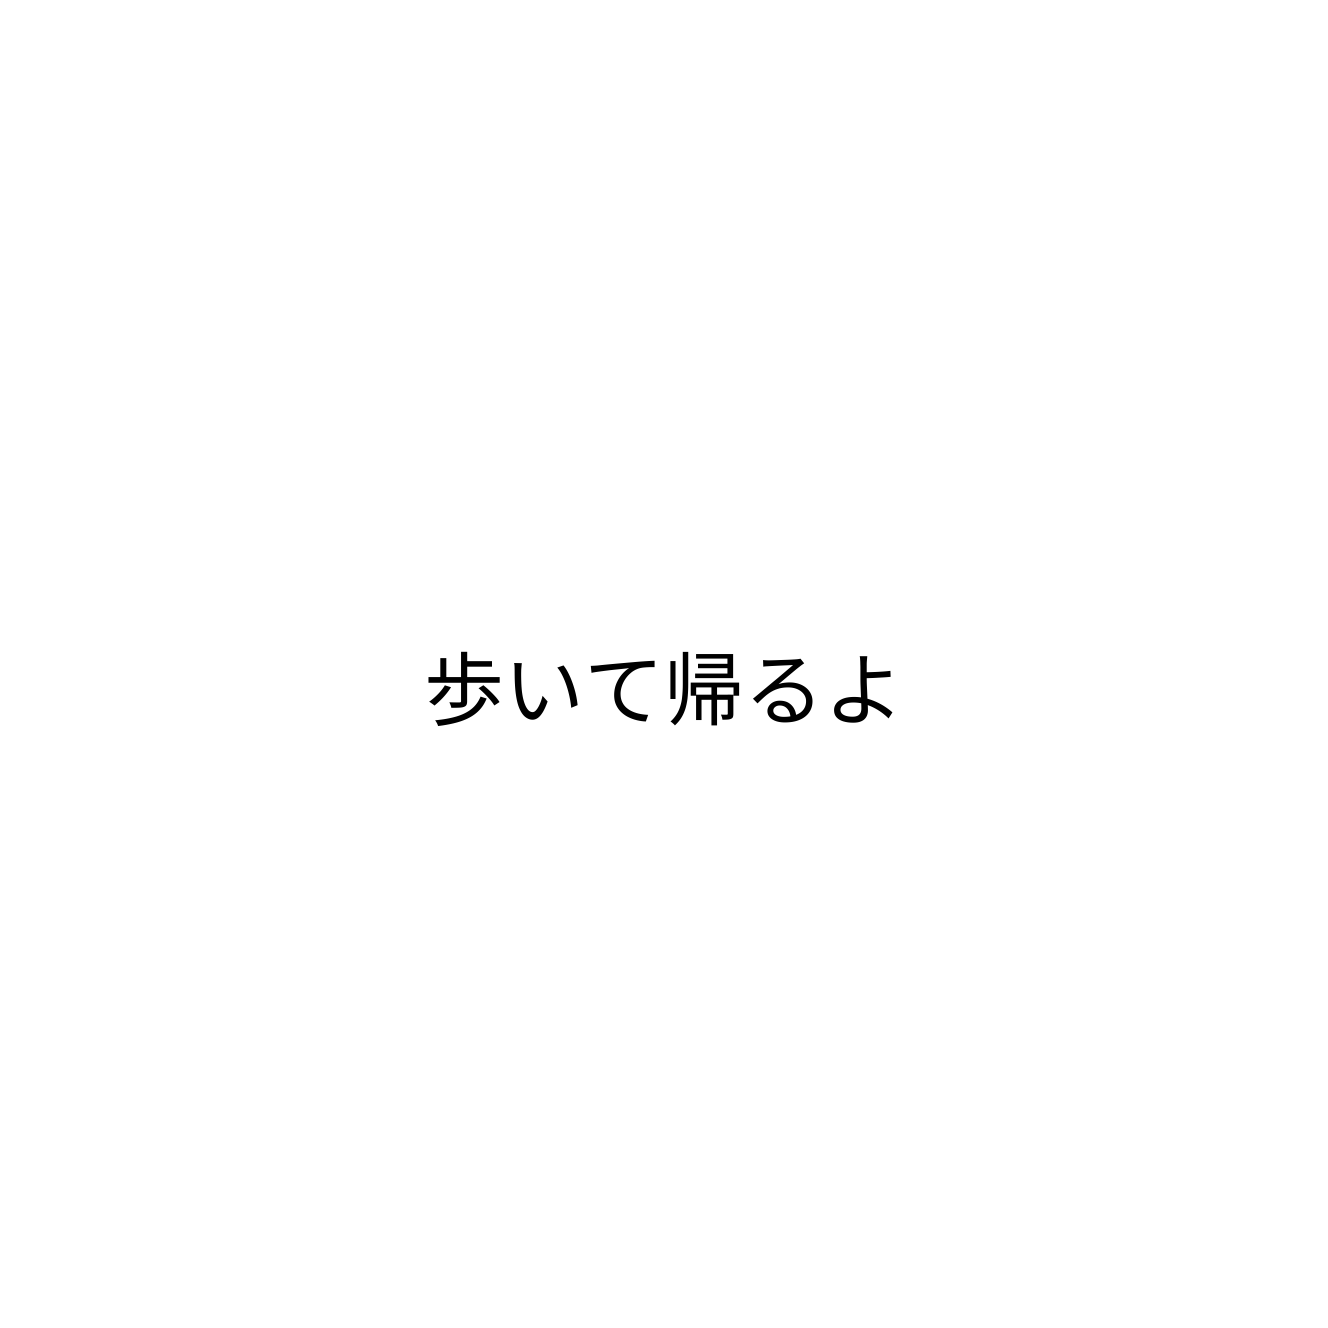
歩いて帰るよ